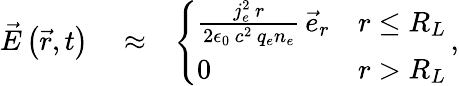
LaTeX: \begin{array}{rlr}{\vec{E}\left(\vec{r},t\right)}&{{}\approx}&{\left\{ \begin{array}{ll}{\frac{j_{e}^{2}\, r}{2\epsilon_{0}\, c^{2}\, q_{e}n_{e}}\, \vec{e}_{r}}&{r\le R_{L}}\\ {0}&{r>R_{L}}\end{array}\right.\, ,}\end{array}